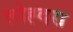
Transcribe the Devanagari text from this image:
लोह्दरा